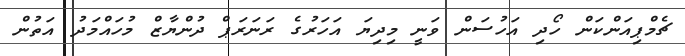
ޗެމްޕިއަންކަން ހޯދި އަހުސަން ވަނީ މިދިޔަ އަހަރުގެ ރަނަރަޕް ދުންޔާޒް މުހައްމަދު އަތުން